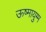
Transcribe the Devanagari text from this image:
ऊष्मायुग्म